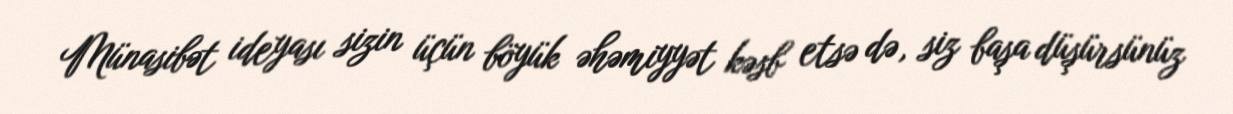
Münasibət ideyası sizin üçün böyük əhəmiyyət kəsb etsə də, siz başa düşürsünüz